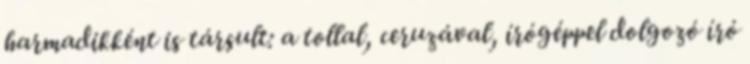
harmadikként is társult: a tollal, ceruzával, írógéppel dolgozó író